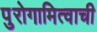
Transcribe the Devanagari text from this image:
पुरोगामित्वाची